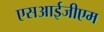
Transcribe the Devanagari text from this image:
एसआईजीएम